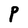
Character: P